Leaving Certificate Examination, 1902
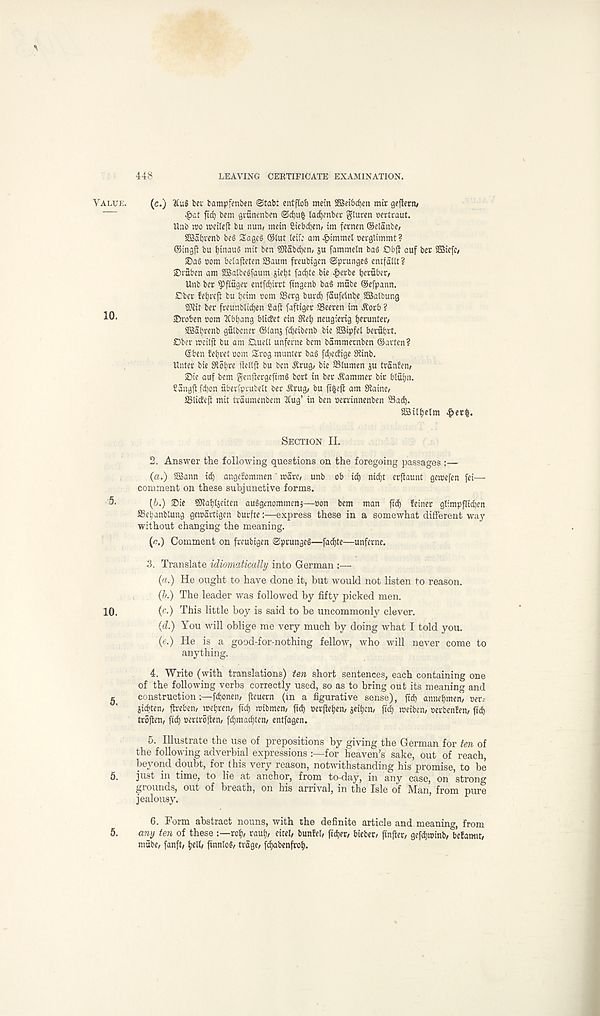
448
LEAVING CERTIFICATE EXAMINATION.
Value.
10.
5.
10.
5.
5.
5.
(c.) bci fcampfenben Stab: enfflob mein SBeibrfjen mir geftenv
^)at ft ci ) bem gvfinenben Sdjufc ladjenber gluren oertcaut.
Unb mo meileft bu nun/ mein Cicbdien; im fernen ©elanbe/
SBabvenb be§ Sages Slut teii; am 4?immet oergUmmt ?
©ingji bu binauS mit ben ?Kabci)en/ ju fammeln ba§ Objl cuf bee 2Biefc/
®a@ com belafieten Saum freubigen SprungeS entfditt?
iDvuben am SBalbeSfaum jietjt fad)te bie ^>erbe beraber,
Unb bee ^)fiugee entfdjieet ftngenb baS mube ©efpann.
£bee !ei)reft bu bcim com SSeeg bued) faufetnbe SBalbung
SKit bee fecunblidjen Soft faftigee SBeeren im .Sorb ?
©roben com 2Cbt)ang bliefet ein 3iei) neugiecig ijeeunteo
3Babrenb gutbenee ©ianj fdjeibenb bie SSipfet beeubrt.
Dbee meilft bu am Duett unferne bem bammeenben ©avten?
©ben fetjret oom Srog muntee bag fdjeefige 3tinb.
Untee bie 9iot)ee fiettft bu ben Seug/ bie 93(umen ju tranfen/
©ie auf bem genjteegefimg boet in bee dlammec bic btutjn.
Sangftfdjon fiberipeubett bee ibeug/ bu am Siaine/
ffili^efi mit trdumenbem 2Cug’ in ben oeerinnenben Sad).
SSilfyetm ^ee^.
Section II.
2. Answer the following questions on the foregoing passages :—
(a.) SSann id) angefommen ' marc/ unb ob id) nidjt eejiaunt gemefen fei—
comment on these subjunctive forms.
{b.) ©ie SJtatjtjeiten auggenommenj—son bem man fid) feinee glimpflidien
Sebanblung gemartigen burfte:—express these in a somewhat different way
without changing the meaning.
(r.) Comment on freubigen SprungeS—fad)te—unferne.
3. Translate idiomatically into German :—
(a.) He ought to have done it, but would not listen to reason.
(b.) The leader was followed by fifty picked men.
(c.) This little boy is said to be uncommonly clever.
(d.) You will oblige me very much by doing what I told you.
(e.) He is a good-for-nothing fellow, who will never come to
anything.
4. Write (with translations) ten short sentences, each containing one
of the following verbs correctly used, so as to bring out its meaning and
construction;—fdjoneiv fteuern (in a figurative sense), fid) anurbrneri/ oer--
Sicbten, ftreben, metjren/ fid) mibmen, fid) oerjleijen/ ieiijcn/ fid) meiben, »erben!en, fid)
trofmi, fid) oeriroften, fd>mad)ten/ entfagen.
5. Illustrate the use of prepositions by giving the German for ten of
the following adverbial expressions for heaven’s sake, out of reach,
beyond doubt, for this very reason, notwithstanding his promise, to be
just in time, to lie at anchor, from to-day, in any case, on strong
grounds, out of breath, on his arrival, in the Isle of Man, from pure
jealousy.
6. Form abstract nouns, with the definite article and meaning, from
any ten of these rci), rauf), eirel, bunfeb fidjet/ biebeo finfter/ gefd)K>mb, < beBatMit,
mube, fanft, i)elt, finntog, trage, fc^abenfroi).